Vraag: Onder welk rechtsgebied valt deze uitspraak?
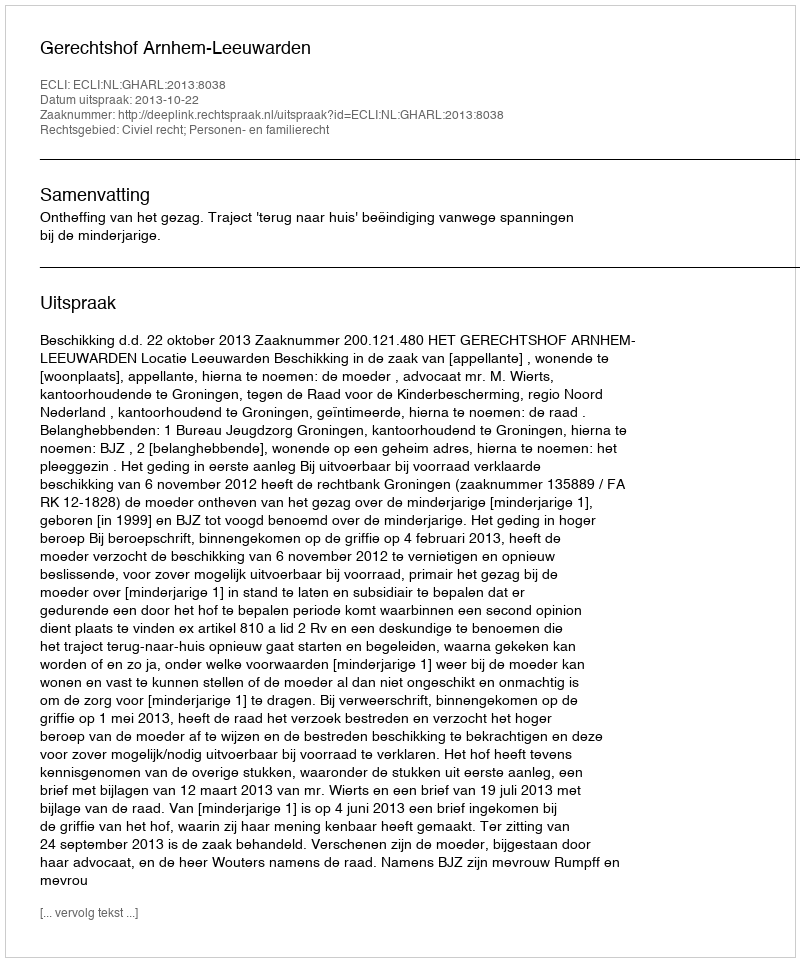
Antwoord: Civiel recht; Personen- en familierecht